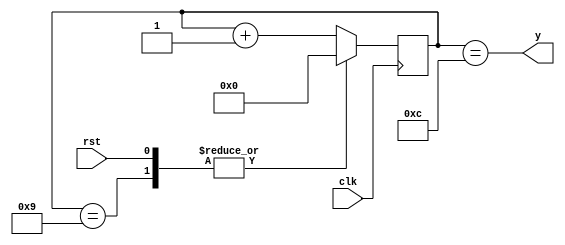
module example004(clk, rst, y);
input clk, rst;
output y;
reg [3:0] counter;
always @(posedge clk)
	case (1'b1)
		rst, counter == 9:
			counter <= 0;
		default:
			counter <= counter+1;
	endcase
assign y = counter == 12;
endmodule